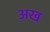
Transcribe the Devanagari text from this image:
अख